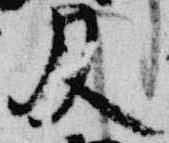
及